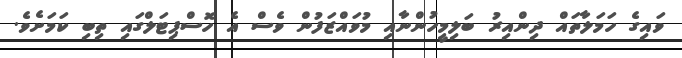
ވައިގެ ހަމަލާތައް ދިންއިރު ބަލިމީހުންނާއި މުވައްޒަފުން ވެސް އެ ހޮސްޕިޓަލްގައި ތިބި ކަމަށެވެ.